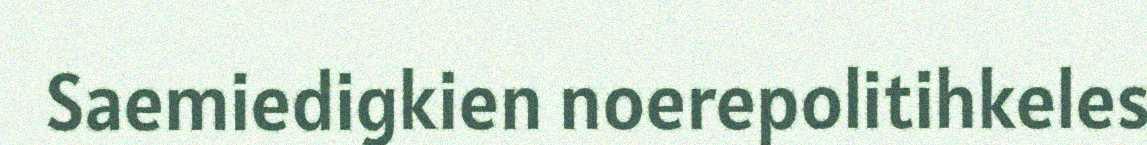
Saemiedigkien noerepolitihkeles